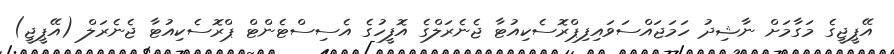
އޭޕީޖީގެ މަގާމަށް ނާޝިދު ހަމަޖައްސަވައިފިޕްރޮސެކިއުޓާ ޖެނެރަލްގެ އޮފީހުގެ އެސިސްޓެންޓް ޕްރޮސެކިއުޓާ ޖެނެރަލް (އޭޕީޖީ)